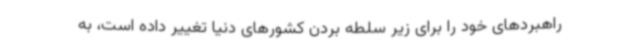
راهبردهای خود را برای زیر سلطه بردن کشورهای دنیا تغییر داده است، به